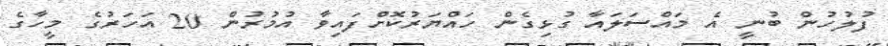
ފުލުހުން ބުނީ އެ މައްސަލައާ ގުޅިގެން ހައްޔަރުކޮށްފައިވާ އުމުރުން 20 އަހަރުގެ މީހާގެ